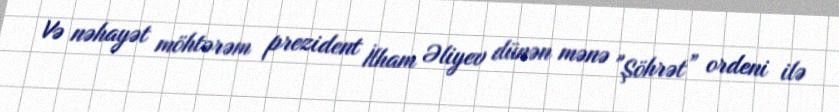
Və nəhayət möhtərəm prezident İlham Əliyev dünən mənə "Şöhrət” ordeni ilə